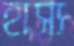
হাস্য